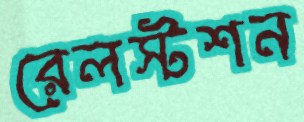
রেলস্টশন